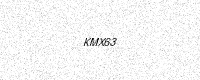
Text: KMX63